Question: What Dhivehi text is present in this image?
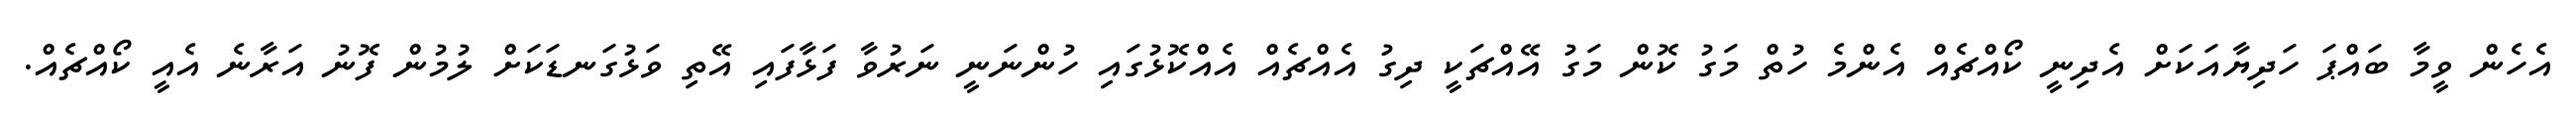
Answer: އެހެން ވީމާ ބައްޕަ ހަދިޔާއަކަށް އެދިނީ ކޯއްޗެއް އެންމެ ހުތް މަގު ކޮން މަގު އޭއްޗަކީ ދިގު އެއްޗެއް އެއްކޮޅުގައި ހުންނަނީ ނަރުވާ ފަޅާފައި އޭތި ވަޅުގަނޑަކަށް ލުމުން ފޮނު އަރާނެ އެއީ ކޯއްޗެއް.